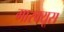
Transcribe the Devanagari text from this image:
मारक्यूस